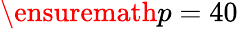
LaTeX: \ensuremath{p}=40